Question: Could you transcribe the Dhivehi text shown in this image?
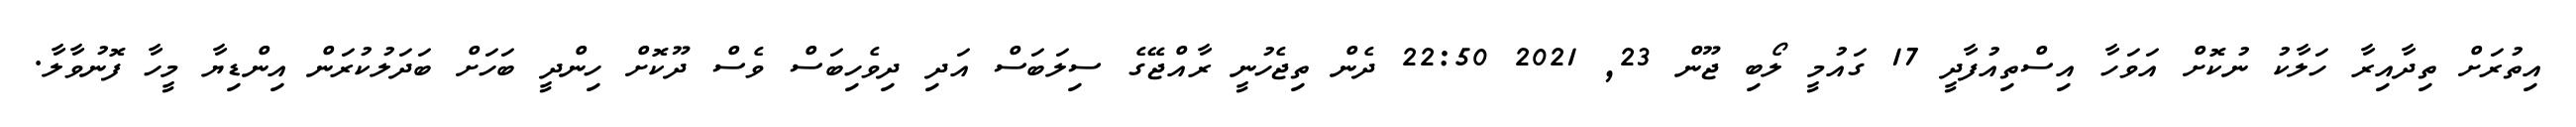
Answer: އިތުރަށް ތިދާއިރާ ހަލާކު ނުކޮށް އަވަހާ އިސްތިއުފާދީ 17 ގައުމީ ލޯބި ޖޫން 23, 2021 22:50 ދެން ތިޖެހުނީ ރާއްޖޭގެ ސިލަބަސް އަދި ދިވެހިބަސް ވެސް ދޫކޮށް ހިންދީ ބަހަށް ބަދަލުކުރަން އިންޑިޔާ މީހާ ފޮނުވާލާ.